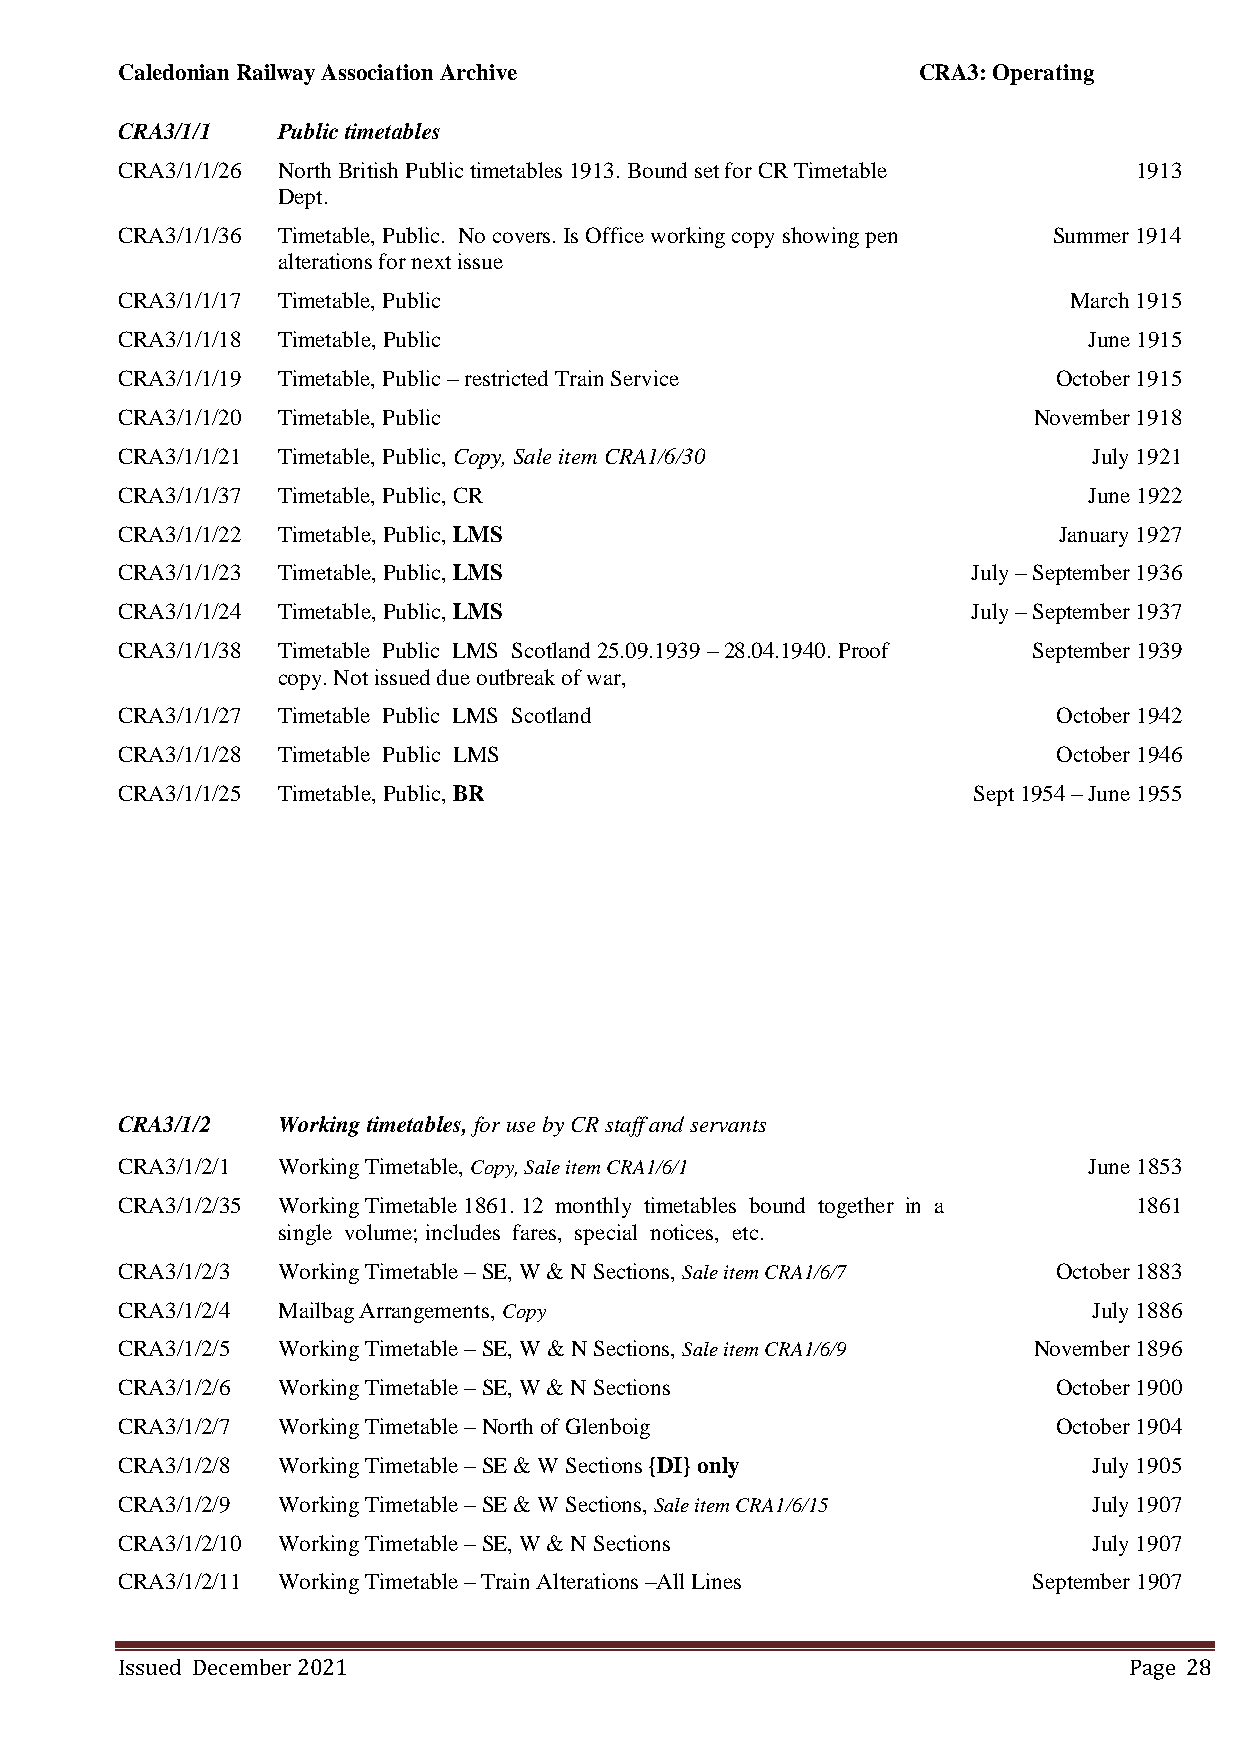
Caledonian Railway Association Archive               CRA3: Operating
 CRA3/1/1  Public timetables
 CRA3/1/1/26 North British Public timetables 1913. Bound set for CR Timetable 1913
 Dept.
 CRA3/1/1/36 Timetable, Public. No covers. Is Office working copy showing pen Summer 1914
 alterations for next issue
 CRA3/1/1/17 Timetable, Public                                  March 1915
 CRA3/1/1/18 Timetable, Public                                   June 1915
 CRA3/1/1/19 Timetable, Public – restricted Train Service      October 1915
 CRA3/1/1/20 Timetable, Public                               November 1918
 CRA3/1/1/21 Timetable, Public, Copy, Sale item CRA1/6/30        July 1921
 CRA3/1/1/37 Timetable, Public, CR                               June 1922
 CRA3/1/1/22 Timetable, Public, LMS                            January 1927
 CRA3/1/1/23 Timetable, Public, LMS                      July – September 1936
 CRA3/1/1/24 Timetable, Public, LMS                      July – September 1937
 CRA3/1/1/38 Timetable Public LMS Scotland 25.09.1939 – 28.04.1940. Proof September 1939
 copy. Not issued due outbreak of war,
 CRA3/1/1/27 Timetable Public LMS Scotland                     October 1942
 CRA3/1/1/28 Timetable Public LMS                              October 1946
 CRA3/1/1/25 Timetable, Public, BR                       Sept 1954 – June 1955
 CRA3/1/2  Working timetables, for use by CR staff and servants
 CRA3/1/2/1 Working Timetable, Copy, Sale item CRA1/6/1          June 1853
 CRA3/1/2/35 Working Timetable 1861. 12 monthly timetables bound together in a 1861
 single volume; includes fares, special notices, etc.
 CRA3/1/2/3 Working Timetable – SE, W & N Sections, Sale item CRA1/6/7 October 1883
 CRA3/1/2/4 Mailbag Arrangements, Copy                           July 1886
 CRA3/1/2/5 Working Timetable – SE, W & N Sections, Sale item CRA1/6/9 November 1896
 CRA3/1/2/6 Working Timetable – SE, W & N Sections             October 1900
 CRA3/1/2/7 Working Timetable – North of Glenboig              October 1904
 CRA3/1/2/8 Working Timetable – SE & W Sections {DI} only        July 1905
 CRA3/1/2/9 Working Timetable – SE & W Sections, Sale item CRA1/6/15 July 1907
 CRA3/1/2/10 Working Timetable – SE, W & N Sections              July 1907
 CRA3/1/2/11 Working Timetable – Train Alterations –All Lines September 1907
 Issued December 2021                                               Page 28